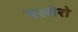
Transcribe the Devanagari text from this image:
एलोरो